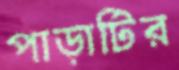
পাড়াটির